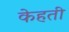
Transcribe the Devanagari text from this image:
केहती